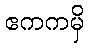
ဧကကမှိ